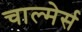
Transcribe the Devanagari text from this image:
चाल्मेर्स